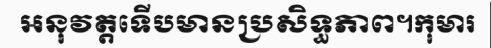
អនុវត្តទើបមានប្រសិទ្ធភាព។កុមារ